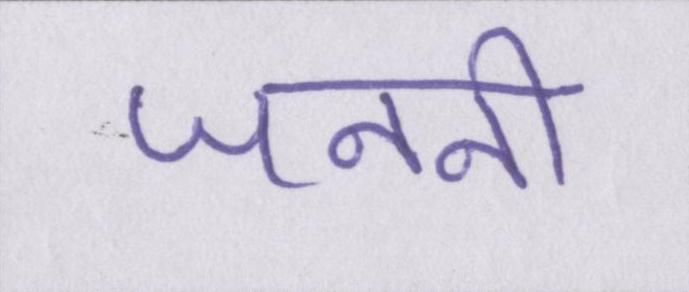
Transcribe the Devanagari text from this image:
जननी